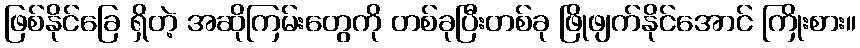
ဖြစ်နိုင်ခြေ ရှိတဲ့ အဆိုကြမ်းတွေကို တစ်ခုပြီးတစ်ခု ဖြိုဖျက်နိုင်အောင် ကြိုးစား။